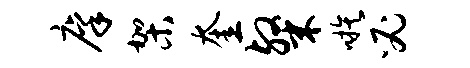
廪架奎粲嗾必